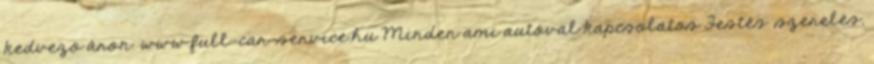
kedvezo áron. www.full-car-service.hu Minden ami autóval kapcsolatos Festés ,szerelés,